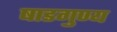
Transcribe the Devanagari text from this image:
षाडगुण्य